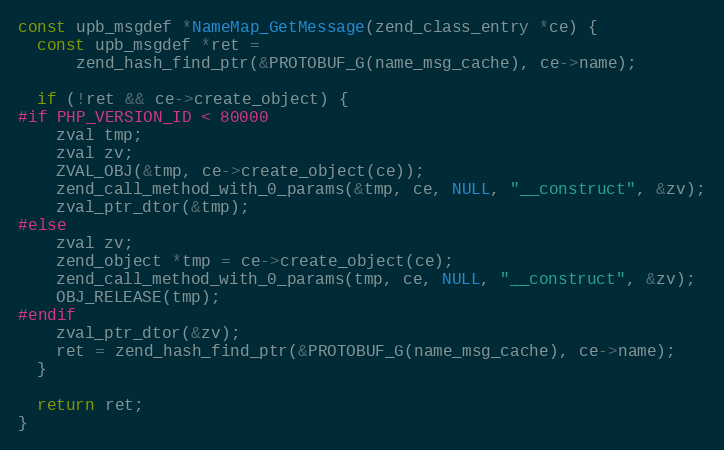
Language: C
const upb_msgdef *NameMap_GetMessage(zend_class_entry *ce) {
  const upb_msgdef *ret =
      zend_hash_find_ptr(&PROTOBUF_G(name_msg_cache), ce->name);

  if (!ret && ce->create_object) {
#if PHP_VERSION_ID < 80000
    zval tmp;
    zval zv;
    ZVAL_OBJ(&tmp, ce->create_object(ce));
    zend_call_method_with_0_params(&tmp, ce, NULL, "__construct", &zv);
    zval_ptr_dtor(&tmp);
#else
    zval zv;
    zend_object *tmp = ce->create_object(ce);
    zend_call_method_with_0_params(tmp, ce, NULL, "__construct", &zv);
    OBJ_RELEASE(tmp);
#endif
    zval_ptr_dtor(&zv);
    ret = zend_hash_find_ptr(&PROTOBUF_G(name_msg_cache), ce->name);
  }

  return ret;
}